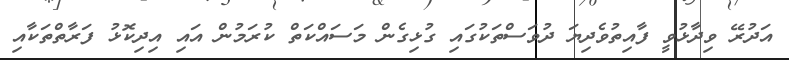
އަދުރޭ ވިދާޅުވީ ފާއިތުވެދިޔަ ދުވަސްތަކުގައި ގުޅިގެން މަސައްކަތް ކުރަމުން އައި އިދިކޮޅު ފަރާތްތަކާއި